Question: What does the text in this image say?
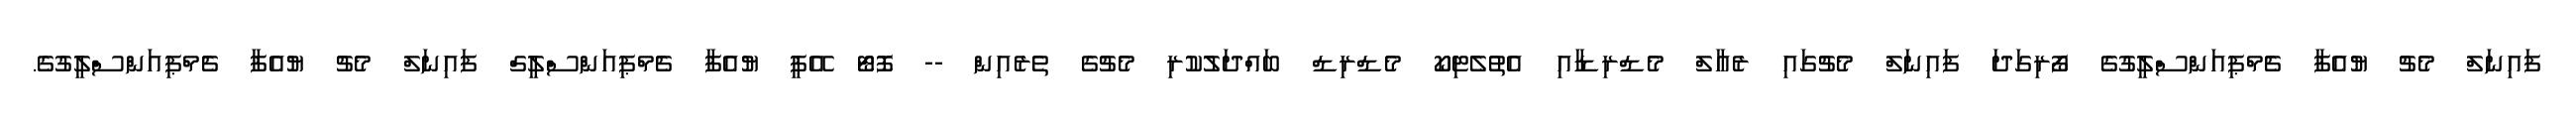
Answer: ފައިނަލް މެޗު ޔުއެފާ ޗެމްޕިއަންސްލީގުގެ ފޯރިގަދަ ފައިނަލް މެޗުގައި ރެއާލް މެޑްރިޑާއި އެތުލެޓިކޯ މެޑްރިޑް ބައްދަލުކުރި މެޗުގެ ތެރެއިން -- ފޮޓޯ އޭޕީ ޔުއެފާ ޗެމްޕިއަންސްލީގް ފައިނަލް މެޗު ޔުއެފާ ޗެމްޕިއަންސްލީގުގެ.